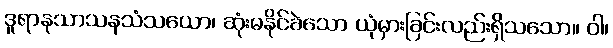
ဒူရာနုသာသနသံသယော၊ ဆုံးမနိုင်ခဲသော ယုံမှားခြင်းလည်းရှိသသော။ ဝါ၊